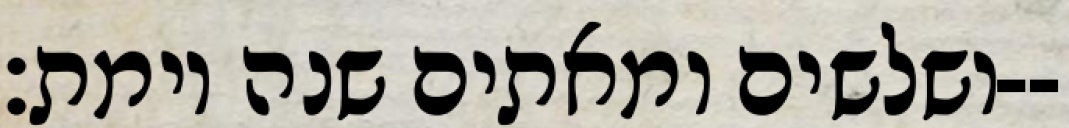
ושלשים ומאתים שנה וימת׃--